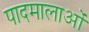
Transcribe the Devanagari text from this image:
पादमालाओं